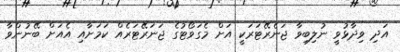
އަދި ވިދާޅުވީ ނުލިބިވާ ޖަނެރޭޓަރަކީ އަށް މެގަވޯޓުގެ ޖަނަރޭޓަރެއް ކަމަށާއި އެއަށް ބޭނުންވާ